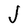
Character: J